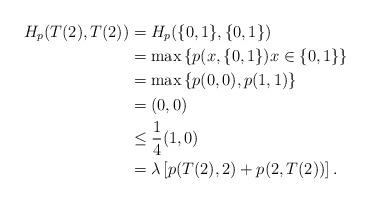
LaTeX: \begin{align*}H_p(T(2),T(2))&=H_p(\{0,1\},\{0,1\})\\&=\max\left\{p(x,\{0,1\})x\in\{0,1\}\right\}\\&=\max\left\{p(0,0),p(1,1)\right\}\\&=(0,0)\\&\leq\frac{1}{4}(1,0)\\&=\lambda\left[p(T(2),2)+p(2,T(2))\right].\end{align*}